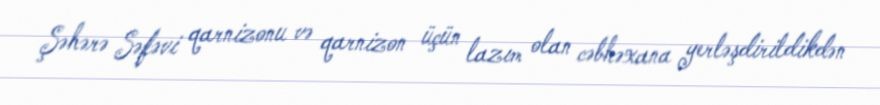
Şəhərə Səfəvi qarnizonu və qarnizon üçün lazım olan cəbhəxana yerləşdirildikdən